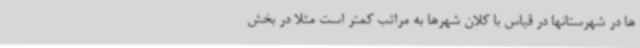
ها در شهرستانها در قیاس با کلان شهرها به مراتب کمتر است مثلا در بخش